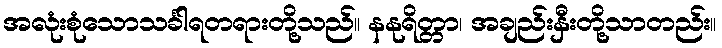
အလုံးစုံသောသင်္ခါရတရားတို့သည်။ နနုရိတ္တာ၊ အချည်းနှီးတို့သာတည်း။